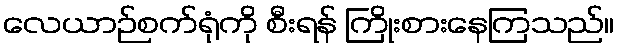
လေယာဉ်စက်ရုံကို စီးရန် ကြိုးစားနေကြသည်။